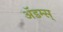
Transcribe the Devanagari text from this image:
ॲडम्स्